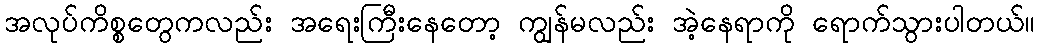
အလုပ်ကိစ္စတွေကလည်း အရေးကြီးနေတော့ ကျွန်မလည်း အဲ့နေရာကို ရောက်သွားပါတယ်။